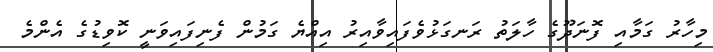
މިހާރު ގަމާއި ފޮނަދޫގެ ހާލަތު ރަނގަޅުވެފައިވާއިރު އިއްޔެ ގަމުން ފެނިފައިވަނީ ކޮވިޑުގެ އެންމެ